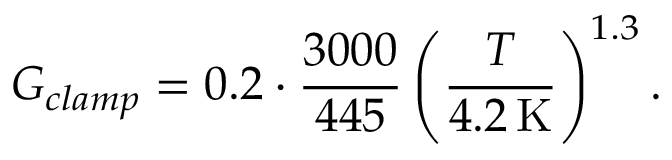
G _ { c l a m p } = 0 . 2 \cdot \frac { 3 0 0 0 } { 4 4 5 } \left( \frac { T } { 4 . 2 \, \mathrm { K } } \right) ^ { 1 . 3 } .